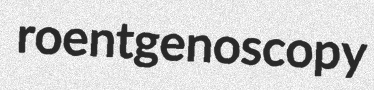
roentgenoscopy